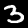
Label: 3